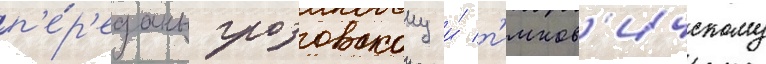
п'е́р'еданы грозовскому и́ т'имков'ичскому